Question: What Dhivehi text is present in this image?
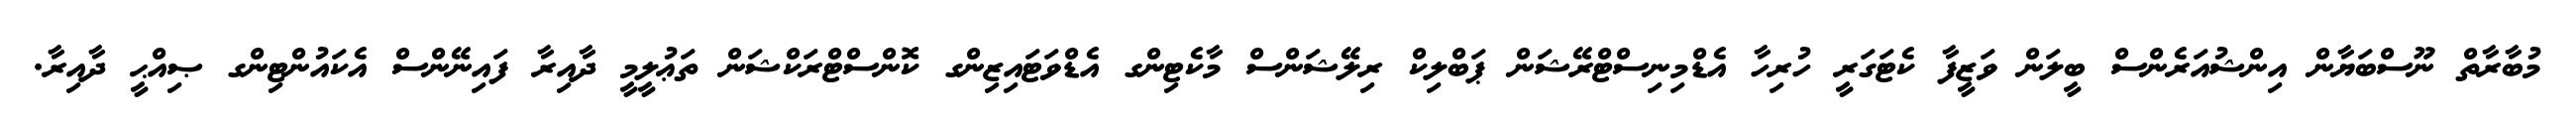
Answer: މުބާރާތް ނޫސްބަޔާން އިންޝުއަރެންސް ބީލަން ވަޒީފާ ކެޓަގަރީ ހުރިހާ އެޑްމިނިސްޓްރޭޝަން ޕަބްލިކް ރިލޭޝަންސް މާކެޓިންގ އެޑްވަޓައިޒިންގ ކޮންސްޓްރަކްޝަން ތަޢުލީމީ ދާއިރާ ފައިނޭންސް އެކައުންޓިންގ ޞިއްޙީ ދާއިރާ.